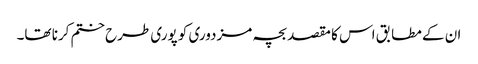
ان کے مطابق اس کا مقصد بچہ مزدوری کو پوری طرح ختم کرنا تھا۔